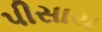
પીસાય